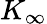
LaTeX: K_{\infty}